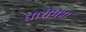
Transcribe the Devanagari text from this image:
धोरीमन्ना